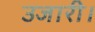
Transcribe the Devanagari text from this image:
उजारी।